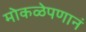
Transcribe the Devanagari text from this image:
मोकळेपणानं